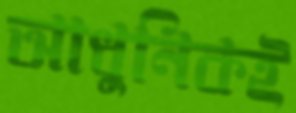
আধুনিকই